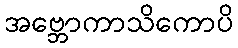
အဗ္ဘောကာသိကောပိ